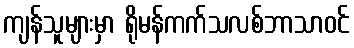
ကျန်သူများမှာ ရိုမန်ကက်သလစ်ဘာသာဝင်